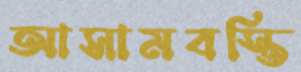
আসামবস্তি